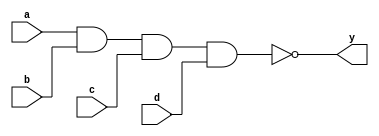
module xup_nand4 #(parameter DELAY = 3)(
    input a,
    input b,
    input c,
    input d,
    output y
    );
    
    nand #DELAY (y,a,b,c,d);
    
endmodule